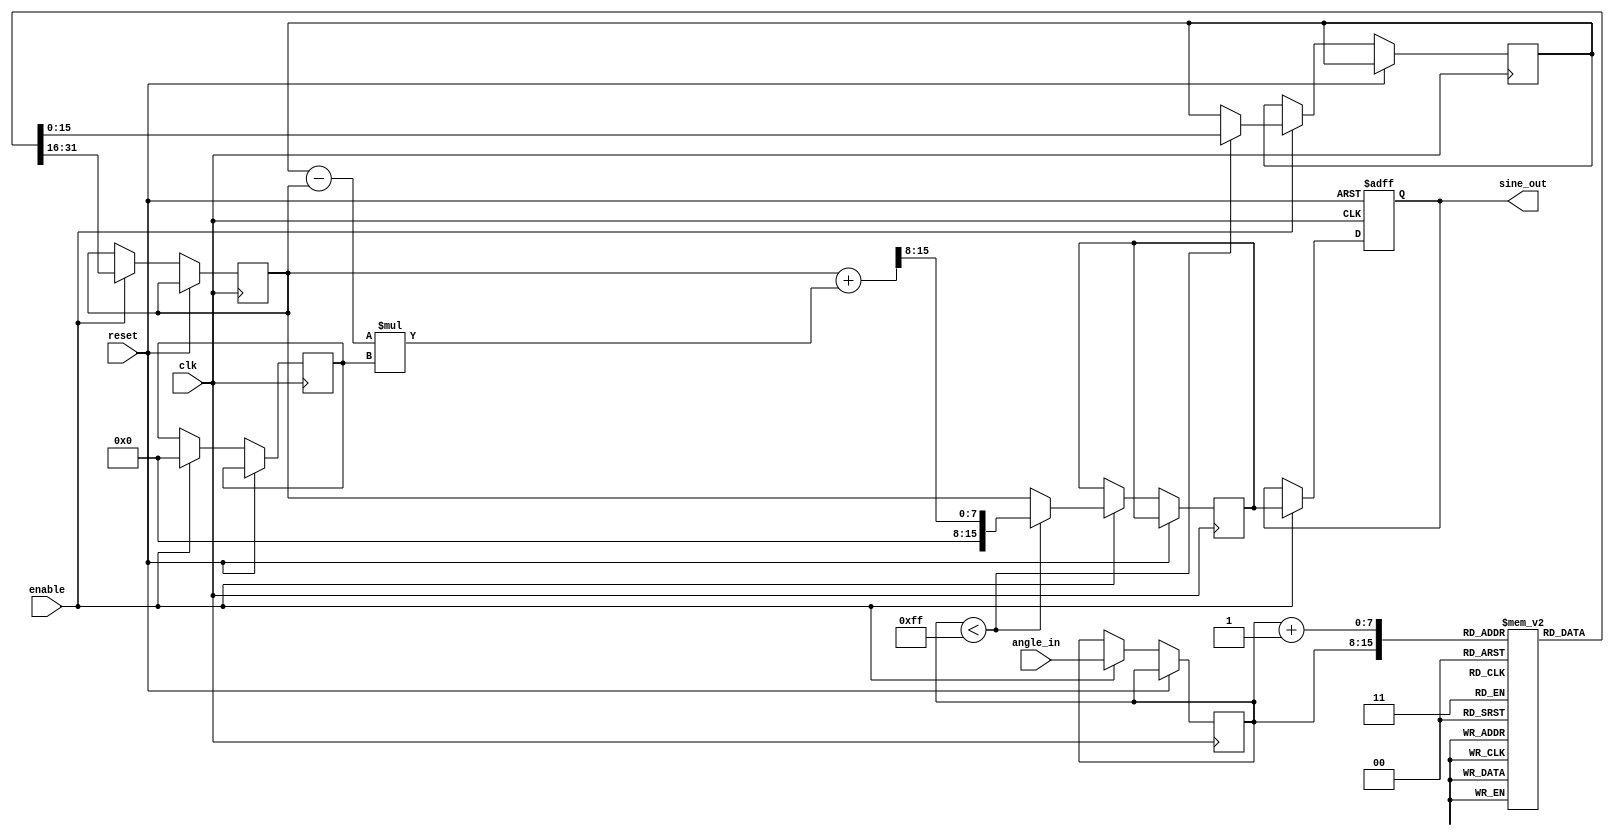
module sine_function (
    input wire clk,                   // Clock signal
    input wire reset,                 // Reset signal
    input wire [7:0] angle_in,       // Input angle (0 to 255 for 0 to 2)
    input wire enable,                // Enable signal for sine computation
    output reg signed [15:0] sine_out // Output sine value in fixed-point format
);

    // Sine LUT - 256 entries for 0 to 2 (scaled by a factor for fixed-point)
    reg signed [15:0] sine_lut [0:255];
    
    initial begin
        // Precompute sine values in 16 bits (scaled by 32768, which is 2^15)
        // The values below are precomputed for demonstration purposes.
        // Ideally, you would compute these values once and store them in a .mem file.
        sine_lut[0] = 0;
        sine_lut[1] = 128;   // Approx. sin(2/256)
        sine_lut[2] = 257;   // Approx. sin(4/256)
        // ...
        // Fill in values up to sine_lut[255]
        sine_lut[255] = 0;   // sin(2)
    end

    // Basic interpolation parameters
    reg [7:0] idx;               // LUT index
    reg [7:0] frac;              // Fraction for interpolation
    reg signed [15:0] val1;      // Value from LUT for lower index
    reg signed [15:0] val2;      // Value from LUT for upper index
    reg signed [15:0] interpolated; // Interpolated value

    always @(posedge clk or posedge reset) begin
        if (reset) begin
            sine_out <= 0; // Reset output
        end else if (enable) begin
            // Normalize input angle within 0 to 255
            idx <= angle_in; // Direct mapping for 0 to 255
            frac <= 0;       // For now, setting fraction to 0, interpolation not used

            // Lookup sine value
            val1 <= sine_lut[idx];

            // Interpolation calculation (assuming frac is defined correctly)
            if (idx < 255) begin
                val2 <= sine_lut[idx + 1];
                // Linear interpolation between val1 and val2
                interpolated <= val1 + ((val2 - val1) * frac) >> 8; // Simple linear interpolation
            end else begin
                interpolated <= val1; // No interpolation needed at end
            end

            // Final output assignment
            sine_out <= interpolated; // Update output
        end
    end
endmodule